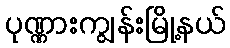
ပုဏ္ဏားကျွန်းမြို့နယ်